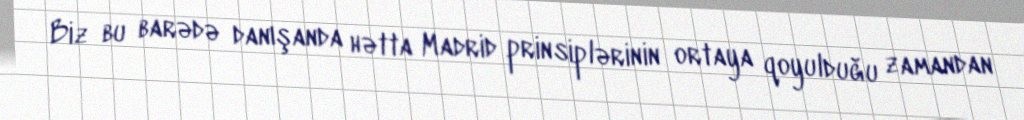
Biz bu barədə danışanda hətta Madrid prinsiplərinin ortaya qoyulduğu zamandan